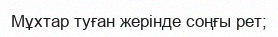
Мұхтар туған жерінде соңғы рет;